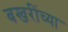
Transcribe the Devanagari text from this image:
बखरींच्या